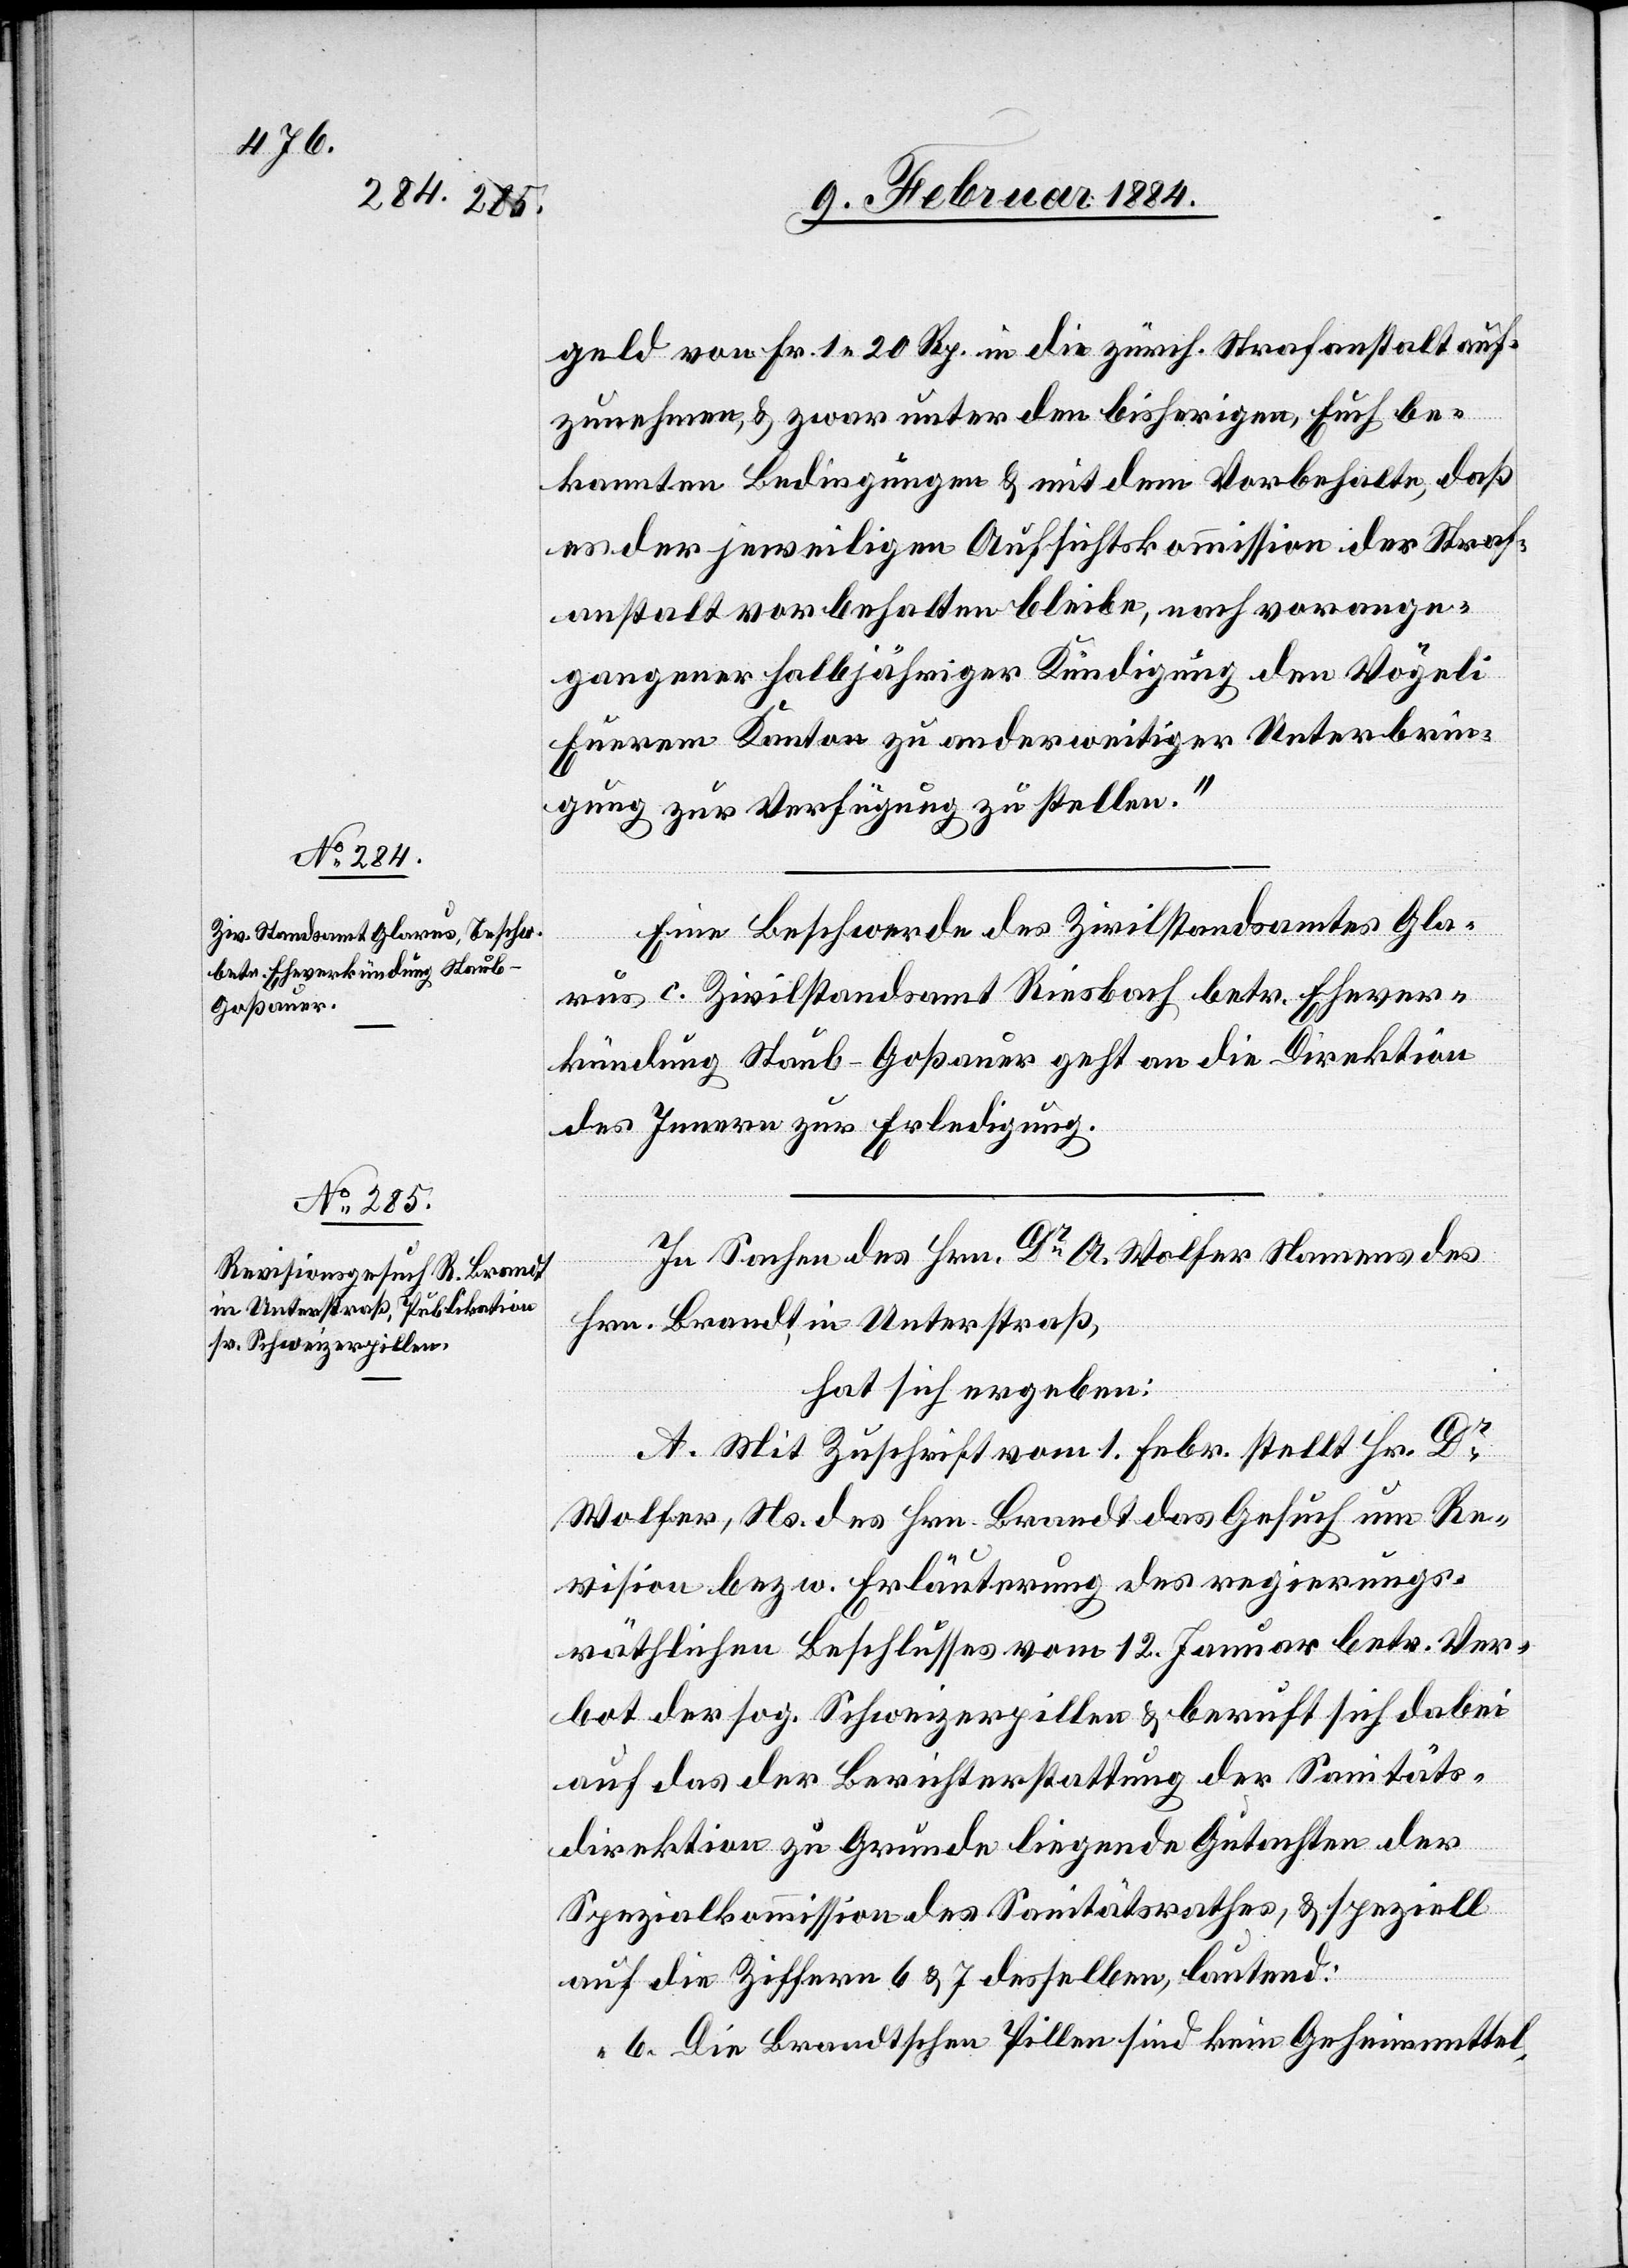
geld von Fr. 1 20 Rp. in die zürch. Strafanstalt auf¬
zunehmen, & zwar unter den bisherigen Euch be¬
kannten Bedingungen & mit dem Vorbehalte, daß
es der jeweiligen Aufsichtskommission der Straf¬
anstalt vorbehalten bleibe, nach vorange¬
gangener halbjähriger Kündigung den Vögeli
Eurem Kanton zu anderweitiger Unterbrin¬
gung zur Verfügung zu stellen.“
Eine Beschwerde des Zivilstandsamtes Gla¬
rus c. Zivilstandsamt Riesbach betr. Ehever¬
kündung Staub-Goßauer geht an die Direktion
des Innern zur Erledigung.
In Sachen des Hrn. Dr A. Wolfer Namens des
Hrn. Brandt in Unterstraß,
hat sich ergeben:
A. Mit Zuschrift vom 1. Dezbr. stellt Hr. Dr
Wolfer, Ns. des Hrn. Brandt das Gesuch um Re¬
vision bezw. Erläuterung des regierungs¬
räthlichen Beschlusses vom 12. Januar betr. Ver¬
bot der sog. Schweizerpillen & beruft sich dabei
auf das der Berichterstattung der Sanitäts¬
direktion zu Grunde liegende Gutachten der
Spezialkommission des Sanitätsrathes, & speziell
auf die Ziffern 6 & 7 desselben, lautend:
„6. Die Brandtschen Pillen sind kein Geheimmittel,